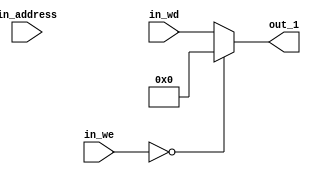
module Dataloader(
    input wire [1:0]    in_we,       // write energitic
    input wire [31:0]   in_address,    // A
    input wire [31:0]   in_wd,
    output wire[31:0]   out_1
    );
    
/****************************************************
Input WE will turn on the function.

A is the Address calculated by the ALU component.

WD is read by the RD2_out from the Regfile as the 
writen data.

RD is the output and will be choose by the mux signal.

****************************************************/
assign out_1 = (in_we == 0) ? 0: in_wd;

endmodule